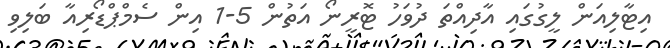
އިޓާލިއަން ލީގުގައި އާދިއްތަ ދުވަހު ޓޮރީނޯ އަތުން 5-1 އިން ސެމްޕްޑޯރިއާ ބަލިވި